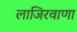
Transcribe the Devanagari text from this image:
लाजिरवाणा